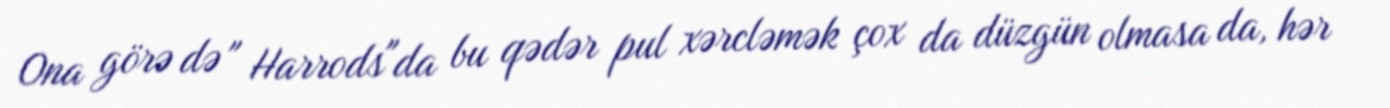
Ona görə də " Harrods"da bu qədər pul xərcləmək çox da düzgün olmasa da, hər